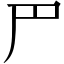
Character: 𠃜